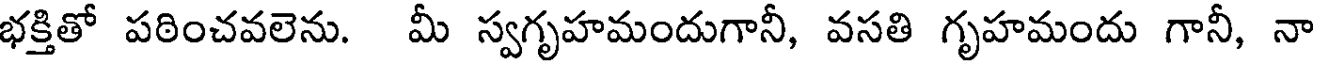
భక్తితో పఠించవలెను. మీ స్వగృహమందుగానీ, వసతి గృహమందు గానీ, నా